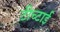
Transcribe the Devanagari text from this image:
टीच्टाई